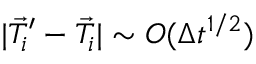
| \vec { T } _ { i } ^ { \prime } - \vec { T } _ { i } | \sim O ( \Delta t ^ { 1 / 2 } )